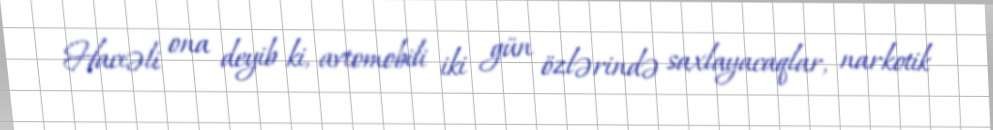
Hacıəli ona deyib ki, avtomobili iki gün özlərində saxlayacaqlar, narkotik